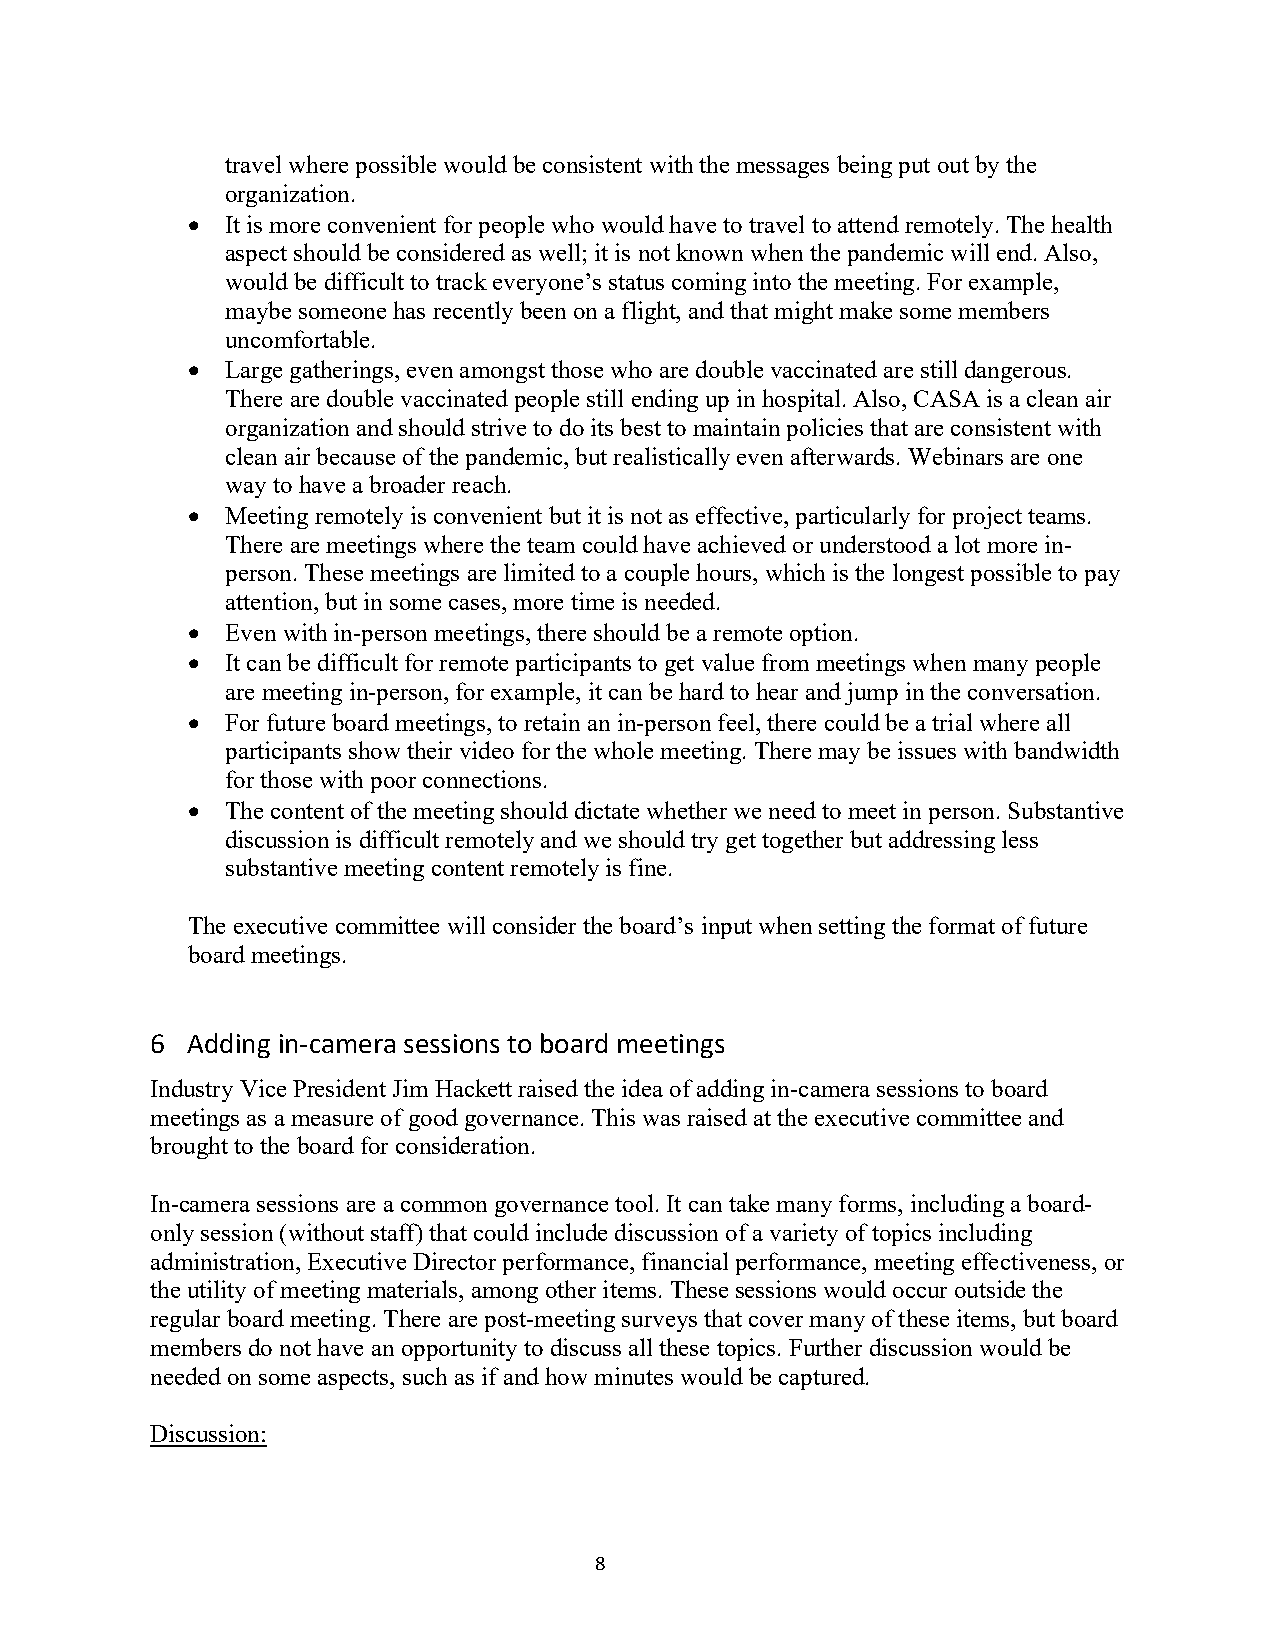
travel where possible would be consistent with the messages being put out by the
 organization.
 •  It is more convenient for people who would have to travel to attend remotely. The health
 aspect should be considered as well; it is not known when the pandemic will end. Also,
 would be difficult to track everyone’s status coming into the meeting. For example,
 maybe someone has recently been on a flight, and that might make some members
 uncomfortable.
 •  Large gatherings, even amongst those who are double vaccinated are still dangerous.
 There are double vaccinated people still ending up in hospital. Also, CASA is a clean air
 organization and should strive to do its best to maintain policies that are consistent with
 clean air because of the pandemic, but realistically even afterwards. Webinars are one
 way to have a broader reach.
 •  Meeting remotely is convenient but it is not as effective, particularly for project teams.
 There are meetings where the team could have achieved or understood a lot more in-
 person. These meetings are limited to a couple hours, which is the longest possible to pay
 attention, but in some cases, more time is needed.
 •  Even with in-person meetings, there should be a remote option.
 •  It can be difficult for remote participants to get value from meetings when many people
 are meeting in-person, for example, it can be hard to hear and jump in the conversation.
 •  For future board meetings, to retain an in-person feel, there could be a trial where all
 participants show their video for the whole meeting. There may be issues with bandwidth
 for those with poor connections.
 •  The content of the meeting should dictate whether we need to meet in person. Substantive
 discussion is difficult remotely and we should try get together but addressing less
 substantive meeting content remotely is fine.
 The executive committee will consider the board’s input when setting the format of future
 board meetings.
 6 Adding in-camera sessions to board meetings
 Industry Vice President Jim Hackett raised the idea of adding in-camera sessions to board
 meetings as a measure of good governance. This was raised at the executive committee and
 brought to the board for consideration.
 In-camera sessions are a common governance tool. It can take many forms, including a board-
 only session (without staff) that could include discussion of a variety of topics including
 administration, Executive Director performance, financial performance, meeting effectiveness, or
 the utility of meeting materials, among other items. These sessions would occur outside the
 regular board meeting. There are post-meeting surveys that cover many of these items, but board
 members do not have an opportunity to discuss all these topics. Further discussion would be
 needed on some aspects, such as if and how minutes would be captured.
 Discussion:
 8